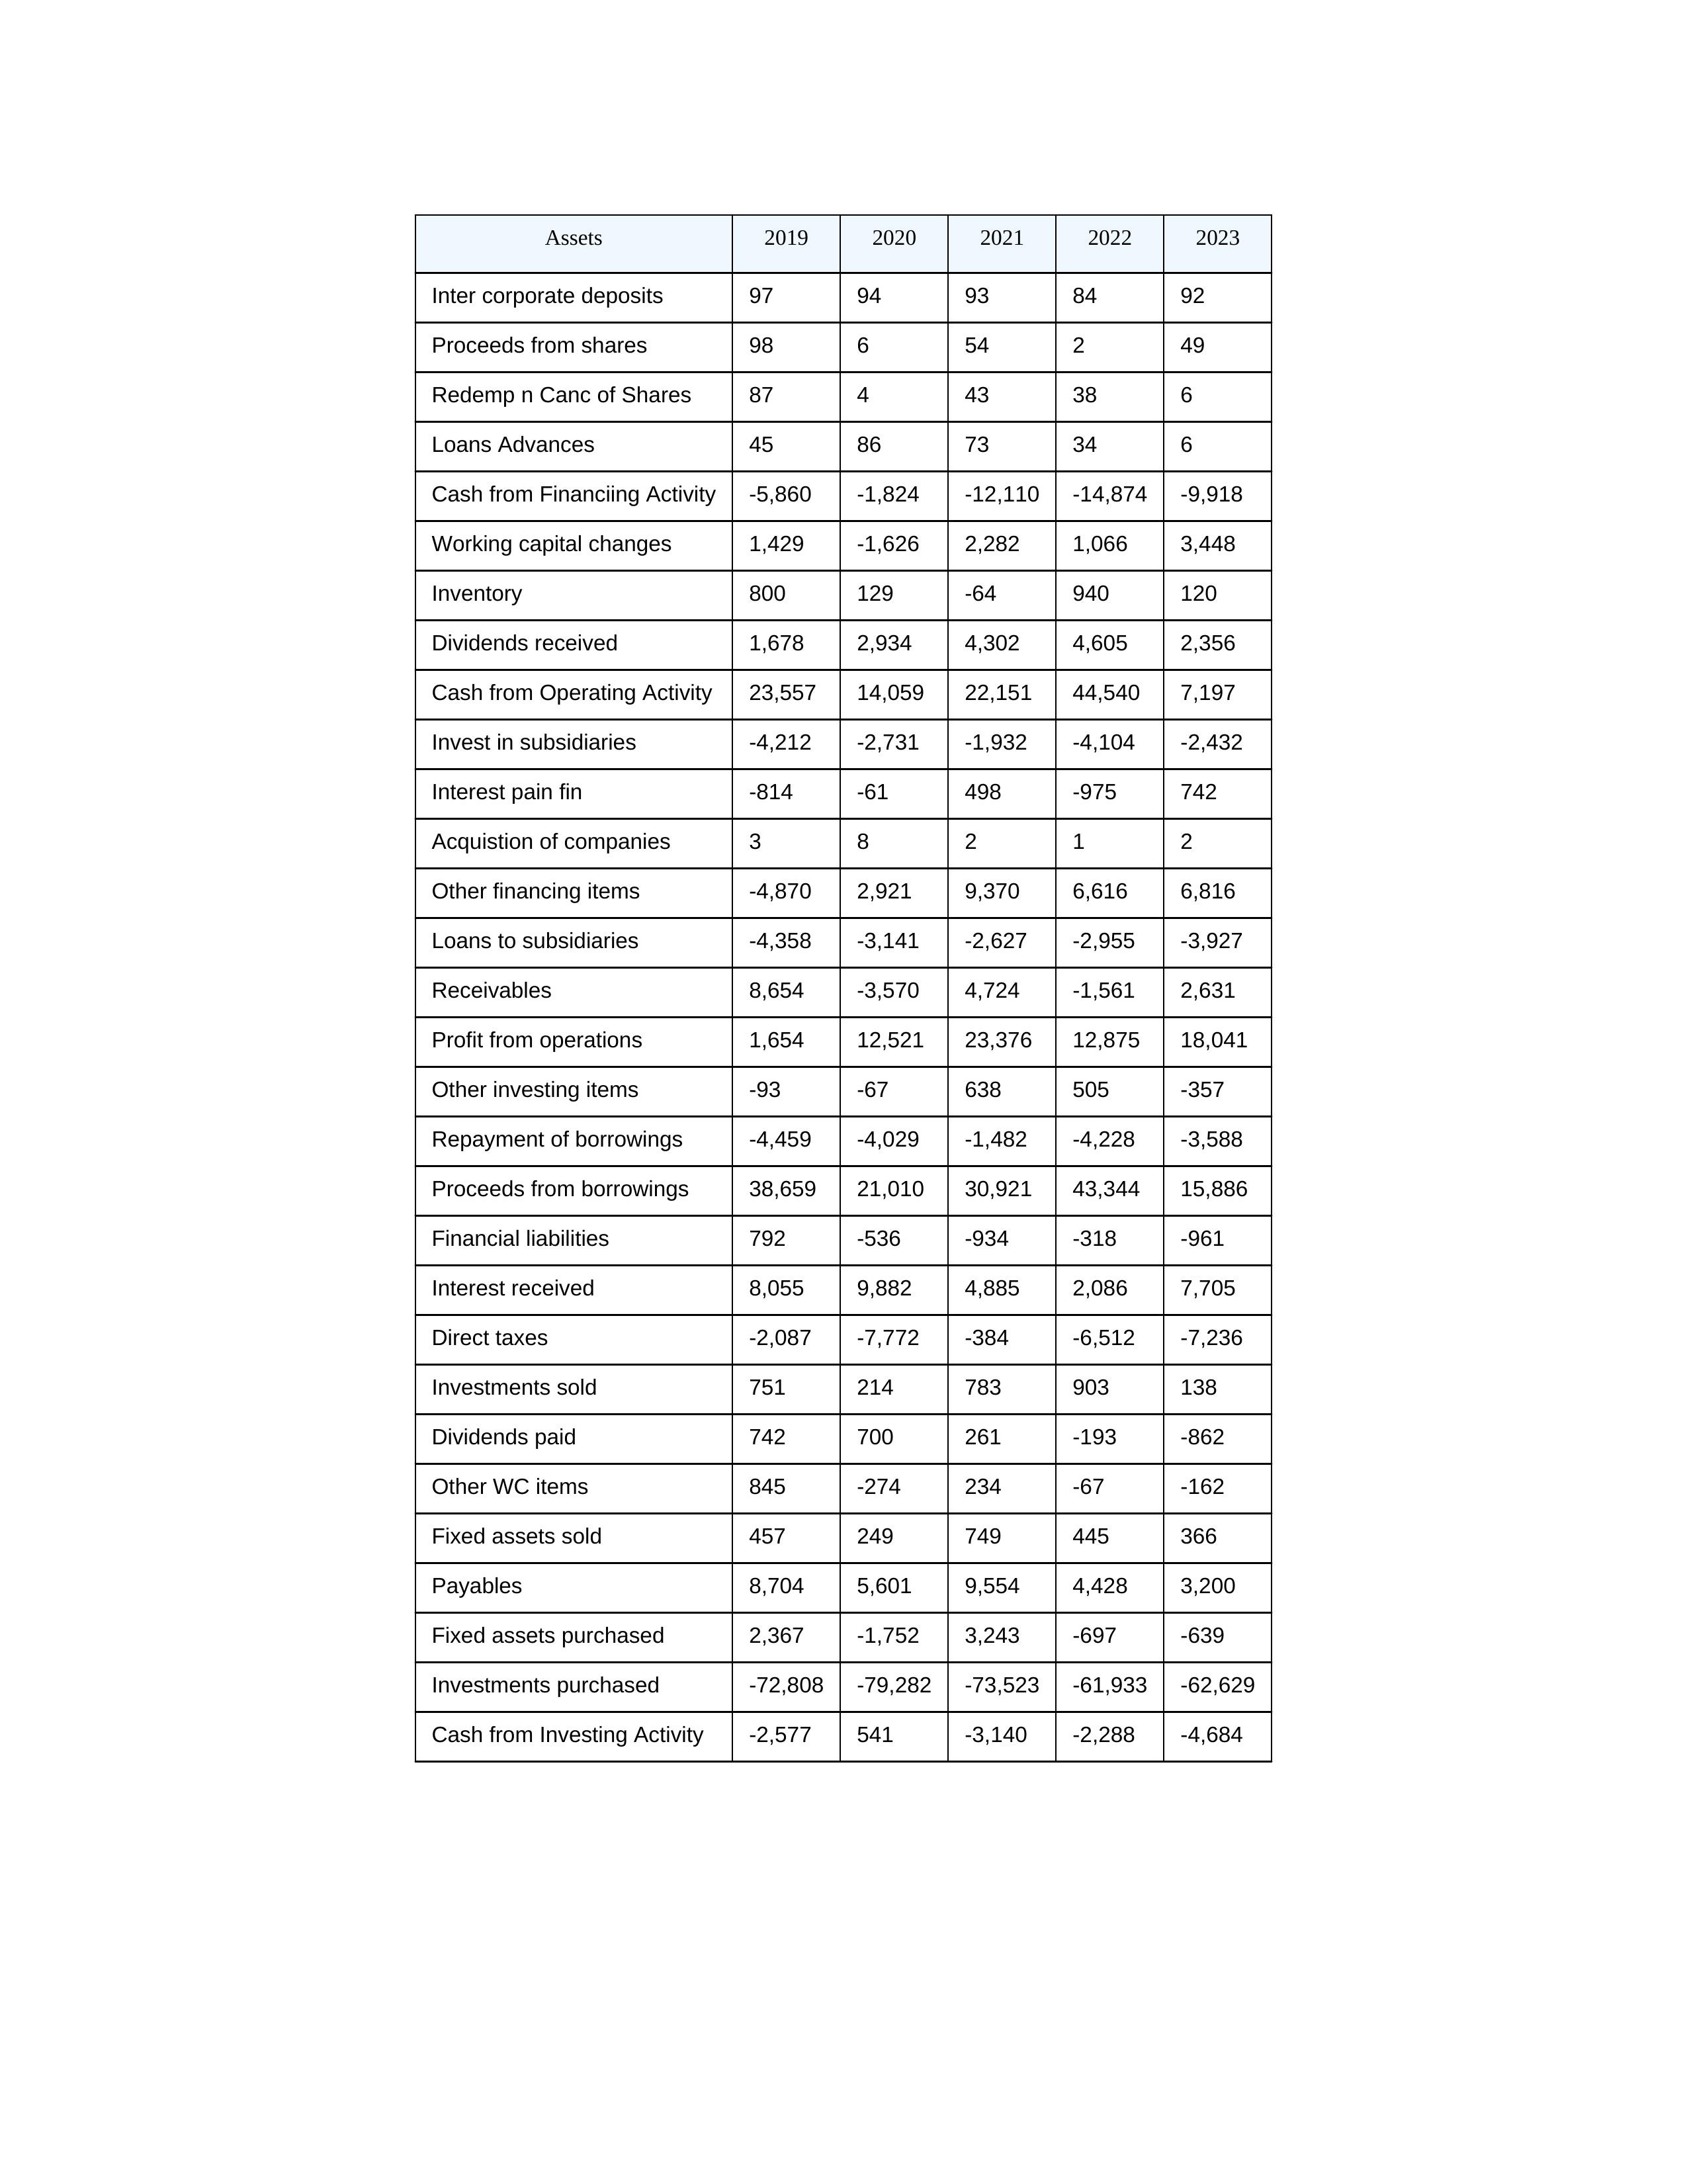
gt_parse: 2019: Cash from Operating Activity: 23,557
Profit from operations: 1,654
Receivables: 8,654
Inventory: 800
Payables: 8,704
Loans Advances: 45
Other WC items: 845
Working capital changes: 1,429
Direct taxes: -2,087
Cash from Investing Activity: -2,577
Fixed assets purchased: 2,367
Fixed assets sold: 457
Investments purchased: -72,808
Investments sold: 751
Interest received: 8,055
Dividends received: 1,678
Invest in subsidiaries: -4,212
Loans to subsidiaries: -4,358
Redemp n Canc of Shares: 87
Acquistion of companies: 3
Inter corporate deposits: 97
Other investing items: -93
Cash from Financiing Activity: -5,860
Proceeds from shares: 98
Proceeds from borrowings: 38,659
Repayment of borrowings: -4,459
Interest pain fin: -814
Dividends paid: 742
Financial liabilities: 792
Other financing items: -4,870
2020: Cash from Operating Activity: 14,059
Profit from operations: 12,521
Receivables: -3,570
Inventory: 129
Payables: 5,601
Loans Advances: 86
Other WC items: -274
Working capital changes: -1,626
Direct taxes: -7,772
Cash from Investing Activity: 541
Fixed assets purchased: -1,752
Fixed assets sold: 249
Investments purchased: -79,282
Investments sold: 214
Interest received: 9,882
Dividends received: 2,934
Invest in subsidiaries: -2,731
Loans to subsidiaries: -3,141
Redemp n Canc of Shares: 4
Acquistion of companies: 8
Inter corporate deposits: 94
Other investing items: -67
Cash from Financiing Activity: -1,824
Proceeds from shares: 6
Proceeds from borrowings: 21,010
Repayment of borrowings: -4,029
Interest pain fin: -61
Dividends paid: 700
Financial liabilities: -536
Other financing items: 2,921
2021: Cash from Operating Activity: 22,151
Profit from operations: 23,376
Receivables: 4,724
Inventory: -64
Payables: 9,554
Loans Advances: 73
Other WC items: 234
Working capital changes: 2,282
Direct taxes: -384
Cash from Investing Activity: -3,140
Fixed assets purchased: 3,243
Fixed assets sold: 749
Investments purchased: -73,523
Investments sold: 783
Interest received: 4,885
Dividends received: 4,302
Invest in subsidiaries: -1,932
Loans to subsidiaries: -2,627
Redemp n Canc of Shares: 43
Acquistion of companies: 2
Inter corporate deposits: 93
Other investing items: 638
Cash from Financiing Activity: -12,110
Proceeds from shares: 54
Proceeds from borrowings: 30,921
Repayment of borrowings: -1,482
Interest pain fin: 498
Dividends paid: 261
Financial liabilities: -934
Other financing items: 9,370
2022: Cash from Operating Activity: 44,540
Profit from operations: 12,875
Receivables: -1,561
Inventory: 940
Payables: 4,428
Loans Advances: 34
Other WC items: -67
Working capital changes: 1,066
Direct taxes: -6,512
Cash from Investing Activity: -2,288
Fixed assets purchased: -697
Fixed assets sold: 445
Investments purchased: -61,933
Investments sold: 903
Interest received: 2,086
Dividends received: 4,605
Invest in subsidiaries: -4,104
Loans to subsidiaries: -2,955
Redemp n Canc of Shares: 38
Acquistion of companies: 1
Inter corporate deposits: 84
Other investing items: 505
Cash from Financiing Activity: -14,874
Proceeds from shares: 2
Proceeds from borrowings: 43,344
Repayment of borrowings: -4,228
Interest pain fin: -975
Dividends paid: -193
Financial liabilities: -318
Other financing items: 6,616
2023: Cash from Operating Activity: 7,197
Profit from operations: 18,041
Receivables: 2,631
Inventory: 120
Payables: 3,200
Loans Advances: 6
Other WC items: -162
Working capital changes: 3,448
Direct taxes: -7,236
Cash from Investing Activity: -4,684
Fixed assets purchased: -639
Fixed assets sold: 366
Investments purchased: -62,629
Investments sold: 138
Interest received: 7,705
Dividends received: 2,356
Invest in subsidiaries: -2,432
Loans to subsidiaries: -3,927
Redemp n Canc of Shares: 6
Acquistion of companies: 2
Inter corporate deposits: 92
Other investing items: -357
Cash from Financiing Activity: -9,918
Proceeds from shares: 49
Proceeds from borrowings: 15,886
Repayment of borrowings: -3,588
Interest pain fin: 742
Dividends paid: -862
Financial liabilities: -961
Other financing items: 6,816